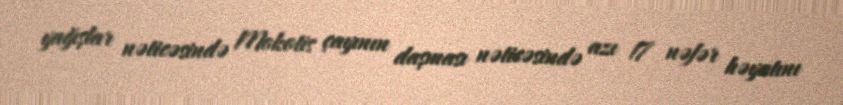
yağışlar nəticəsində Mokotis çayının daşması nəticəsində azı 17 nəfər həyatını